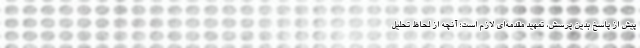
پیش از پاسخ بدین پرسش، تمهید مقدمه‌ای لازم است؛ آنچه از لحاظ تحلیل